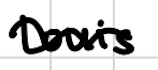
Text: Louis
Cross-out: mix
Writing tool: digital_black